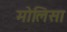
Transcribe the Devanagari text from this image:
मोलिसा